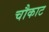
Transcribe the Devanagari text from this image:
चौकाट